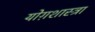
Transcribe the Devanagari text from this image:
योग़शास्त्रा